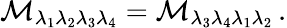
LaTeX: {\cal M}_{\lambda_{1}\lambda_{2}\lambda_{3}\lambda_{4}}={\cal M}_{\lambda_{3}\lambda_{4}\lambda_{1}\lambda_{2}}\, .